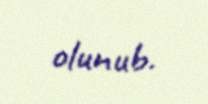
olunub.